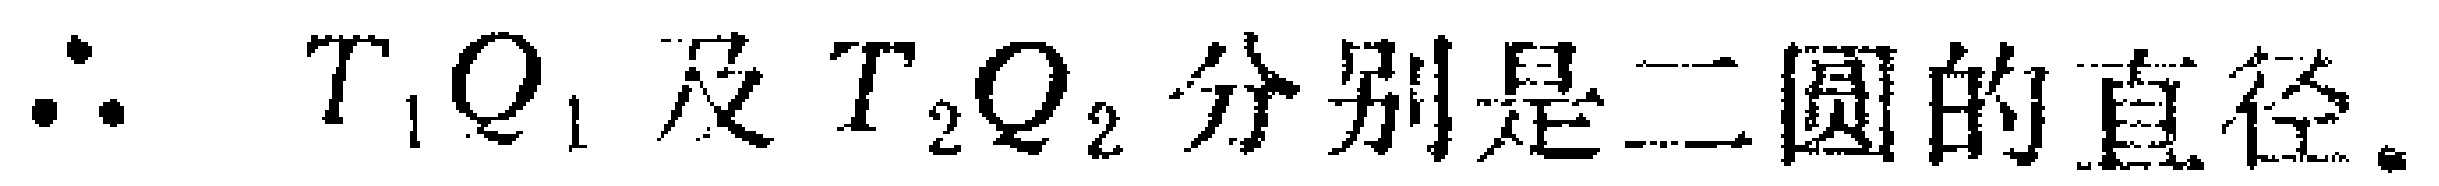
$\therefore\ T_{1}Q_{1}\ 及\ T_{2}Q_{2}\ 分别是二圆的直径.$